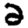
Digit: 2